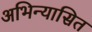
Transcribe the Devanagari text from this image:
अभिन्यासित